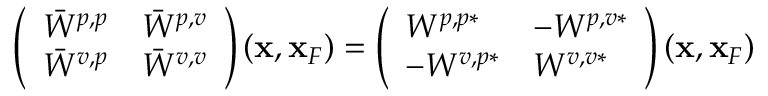
\begin{array} { r } { \left( \begin{array} { l l } { \bar { W } ^ { p , p } } & { \bar { W } ^ { p , v } } \\ { \bar { W } ^ { v , p } } & { \bar { W } ^ { v , v } } \end{array} \right) ( { \bf x } , { \bf x } _ { F } ) = \left( \begin{array} { l l } { W ^ { p , p * } } & { - W ^ { p , v * } } \\ { - W ^ { v , p * } } & { W ^ { v , v * } } \end{array} \right) ( { \bf x } , { \bf x } _ { F } ) } \end{array}